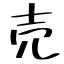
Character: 売